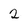
Character: 2